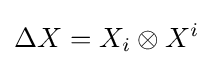
\Delta X=X_{i}\otimes X^{i}